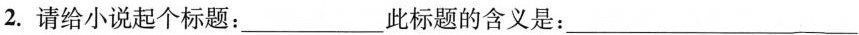
2.请给小说起个标题:___此标题的含义是:___